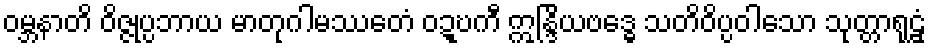
ဝမ္ဘနာတိ ဝိဇ္ဇုပ္ပဘာယ မာတုဂါမဿေတံ ဝဍ္ဎကီ ဣန္ဒြိယဗဒ္ဓေ သတိဝိပ္ပဝါသော သုတ္တာရုဠှံ